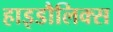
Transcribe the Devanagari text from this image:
हाइडौलिक्स